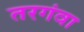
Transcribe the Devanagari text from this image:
तरगंवा